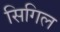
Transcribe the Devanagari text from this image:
सिगिल